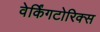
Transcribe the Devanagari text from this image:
वेर्किंगटोरिक्स